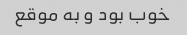
خوب بود و به موقع